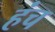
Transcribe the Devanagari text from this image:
हंच